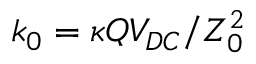
k _ { 0 } = \kappa Q V _ { D C } / Z _ { 0 } ^ { 2 }